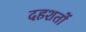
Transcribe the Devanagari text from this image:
दहशतों